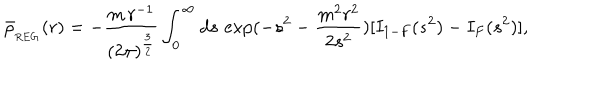
\bar { \rho } _ { { } _ { \mathrm { R E G } } } ( r ) = - \frac { m \, r ^ { - 1 } } { ( 2 \pi ) ^ { \frac { 3 } { 2 } } } \int _ { 0 } ^ { \infty } d s \, \exp ( - s ^ { 2 } - \frac { m ^ { 2 } r ^ { 2 } } { 2 { s } ^ { 2 } } ) [ I _ { 1 - F } ( s ^ { 2 } ) - I _ { F } ( s ^ { 2 } ) ] ,